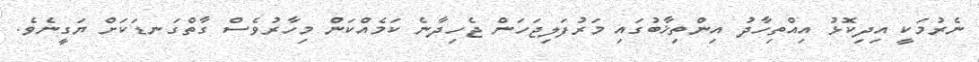
ނެރުމަކީ އިދިކޮޅު އިއްތިހާދު އިންތިޚާބުގައި މަރުފަލިޖަހަން ޖެހިދާނެ ކަމެއްކަން މިހާރުވެސް ގާތްގަނޑަކަށް ޔަގީނެވެ.